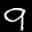
Label: 9